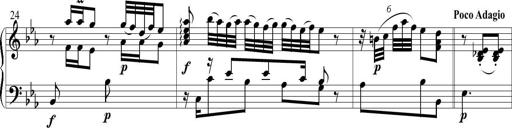
Title: 6 Leichte Sonatinen, Teil 1
Composer: F. Sigismund Sander